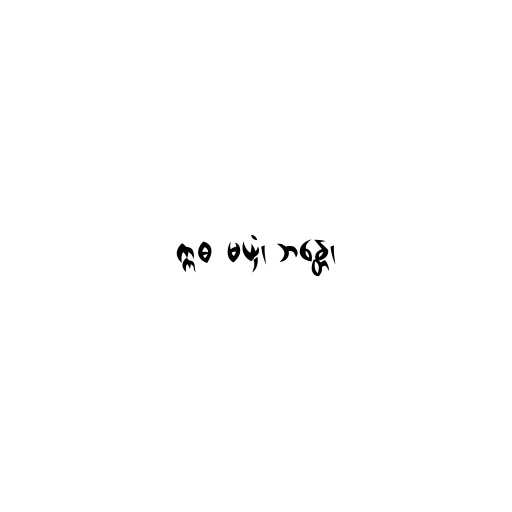
ဣဓ မယှံ၊ ဘန္တေ၊